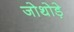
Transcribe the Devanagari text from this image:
जोथोड़े